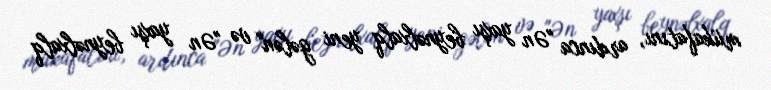
mükafatını, ardınca "Ən yaxşı beynəlxalq yeni gələn" və "Ən yaxşı beynəlxalq